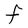
Character: F